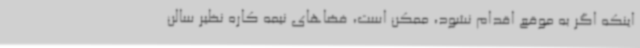
اینکه اگر به موقع اقدام نشود، ممکن است، فضاهای نیمه کاره نظیر سالن